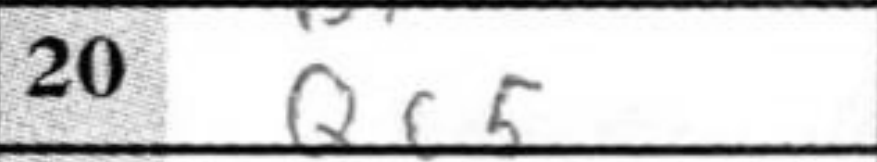
Transcription: Qc5